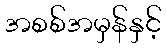
အစစ်အမှန်နှင့်